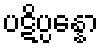
ပဋိပ္ပန္နော